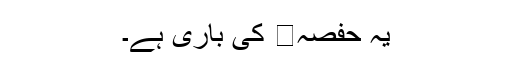
یہ حفصہ کی باری ہے۔